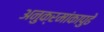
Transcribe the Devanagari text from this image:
अनुक्रमांकापुढे